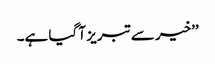
’’خیر سے تبریز آ گیا ہے۔